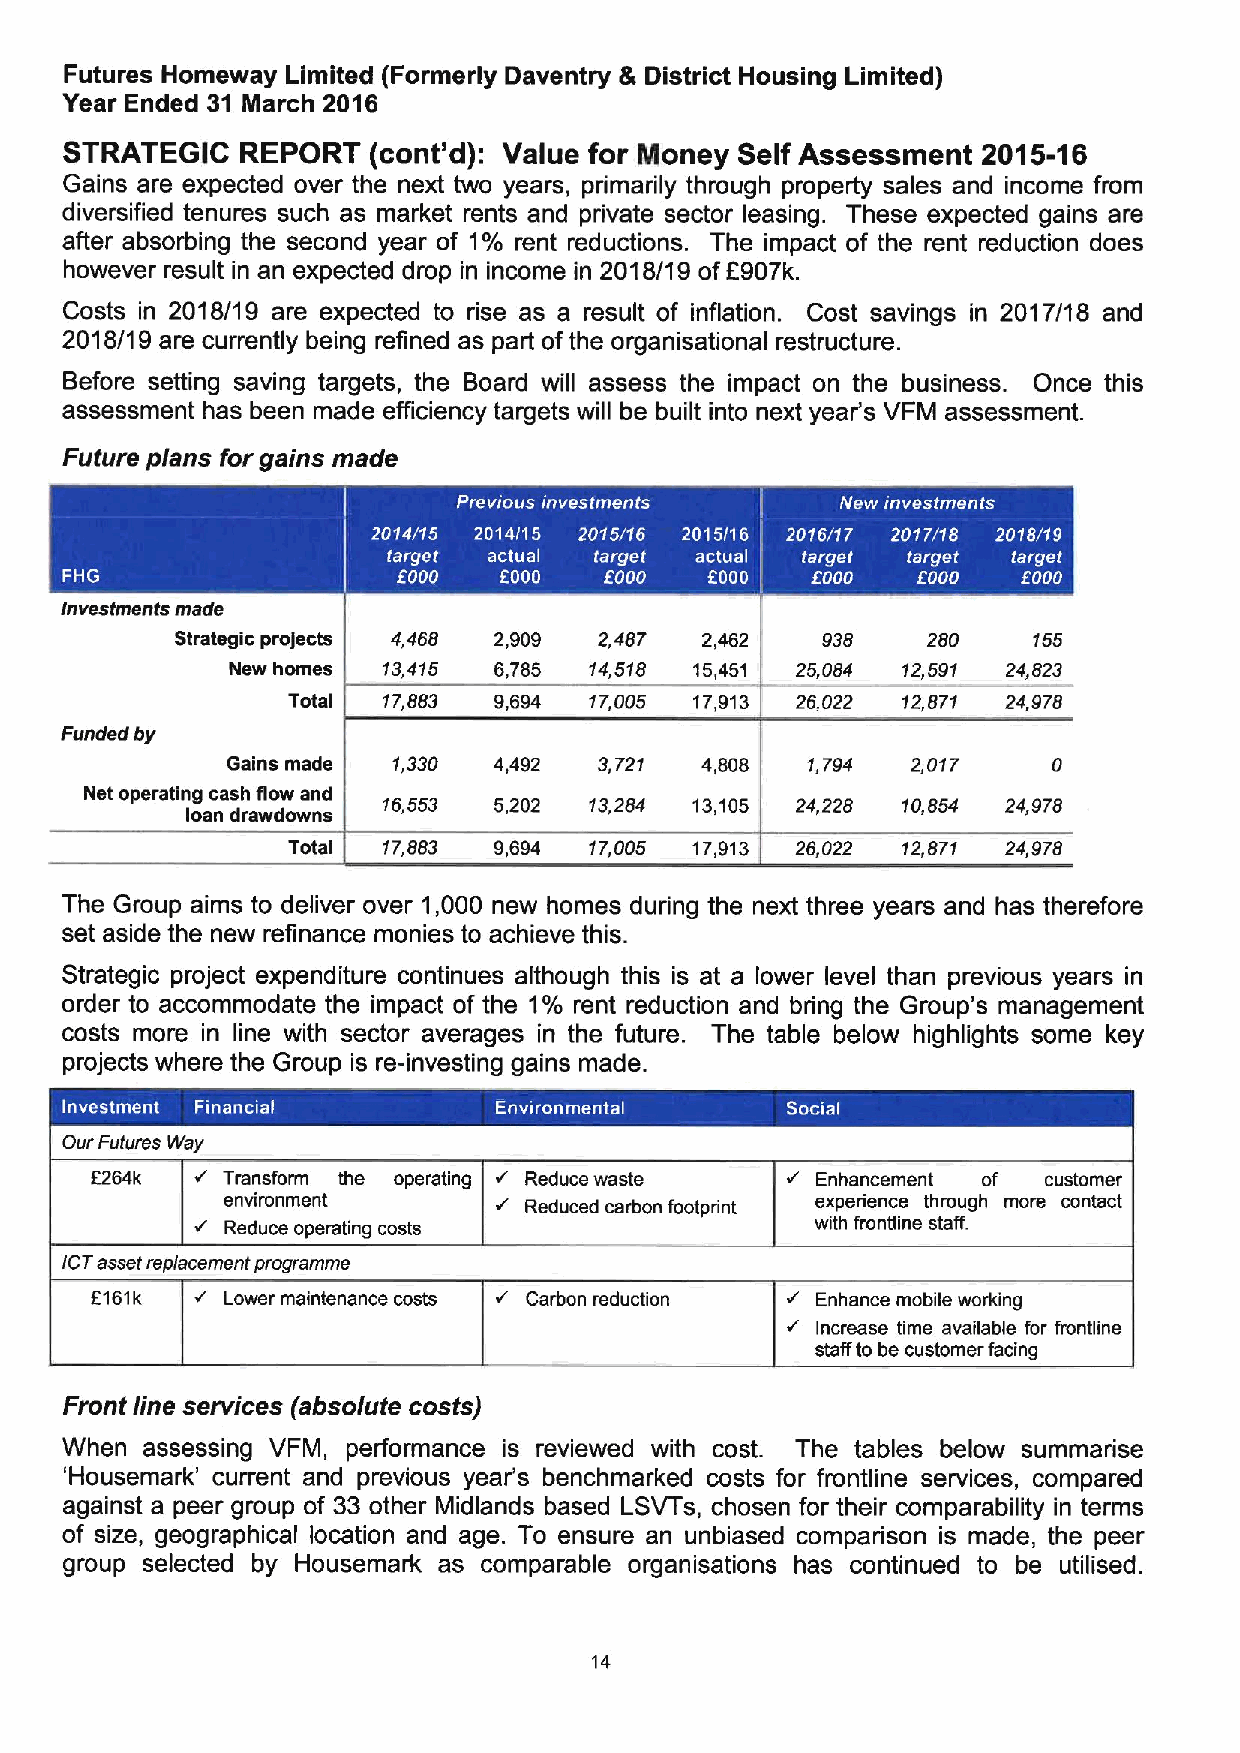
Futures Homeway Limited (Formerly Daventry & District Housing Limited)
 Year Ended 31 March 2016
 STRATEGIC   REPORT  (cont'd): Value for Money Self Assessment 2015-16
 Gains are expected over the next two years, primarily through property sales and income from
 diversified tenures such as market rents and private sector leasing. These expected gains are
 after absorbing the second year of 1% rent reductions. The impact of the rent reduction does
 however result in an expected drop in income in 2018/19 ofL'907k.
 Costs in 2018/19 are expected to rise as a result of inflation. Cost savings in 2017/18 and
 2018/1 9 are currently being refined as part ofthe organisational restructure.
 Before setting saving targets, the Board will assess the impact on the business. Once this
 assessment has been made efficiency targets will be built into next year's VFM assessment.
 Future plans for gains made
 I      I
 ltl    III                  II
 ~
 Investments made
 Strategic projects 4,468 2,909 2,487 2,462 938   280    155
 New homes 13,415  6,785 14,518 15,451 25,084 12,591 24,823
 Total 17,883  9,694 17,005 17,913 26,022 12,871 24,978
 Funded by
 Gains made 1,330  4,492  3,721 4,808  1,794  2,017     0
 Net operating cash flow and
 16,553  5,202 13,284 13,105 24,228 10,854 24,978
 loan drawdowns
 Total 17,883  9,694 17,005 17,913 26,022 12,871 24,978
 The Group aims to deliver over 1,000 new homes during the next three years and has therefore
 set aside the new refinance monies to achieve this.
 Strategic project expenditure continues although this is at a lower level than previous years in
 order to accommodate the impact of the 1% rent reduction and bring the Group's management
 costs more in line with sector averages in the future. The table below highlights some key
 projects where the Group is re-investing gains made.
 Our Futures itttay
 E264k    Transform the operating Reduce waste   Enhancement of customer
 environment         Reduced carbon footprint experience through more contact
 Reduce operating costs                 with frontline staff.
 IC7asset replacement programme
 f
 161k    Lower maintenance costs Carbon reduction Enhance mobile working
 Increase time available for frontline
 staff to be customer facing
 Front line services (absolute costs)
 When assessing VFM, performance is reviewed with cost. The tables below summarise
 'Housemark' current and previous year's benchmarked costs for frontline services, compared
 against a peer group of 33 other Midlands based LSVTs, chosen for their comparability in terms
 of size, geographical location and age. To ensure an unbiased comparison is made, the peer
 group selected by Housemark as comparable organisations has continued to be utilised.
 14